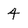
Character: 4